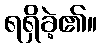
ရရှိခဲ့၏။